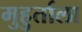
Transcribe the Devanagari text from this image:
मुहुर्ताला